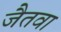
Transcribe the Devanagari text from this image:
जैतवा